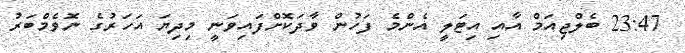
23:47 ބެލްޖިއަމް އާއި އިޓަލީ އެންމެ ފަހުން ވާދަކޮށްފައިވަނީ މިދިޔަ އަހަރުގެ ނޮވެމްބަރު